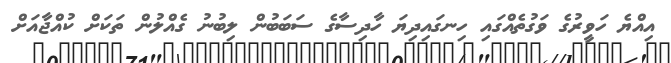
އިއްޔެ ހަވީރުގެ ވަގުތެއްގައި ހިނގައިދިޔަ ހާދިސާގެ ސަބަބުން ލިބުނު ގެއްލުން ތަކަށް ކުއްޖާއަށް